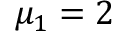
\mu _ { 1 } = 2